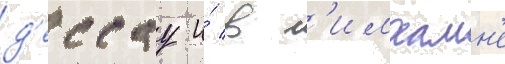
д'ессау и́ в л'имхамн'е